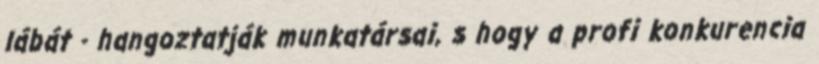
lábát - hangoztatják munkatársai, s hogy a profi konkurencia